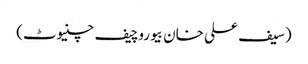
(سیف علی خان بیوروچیف چنیوٹ)